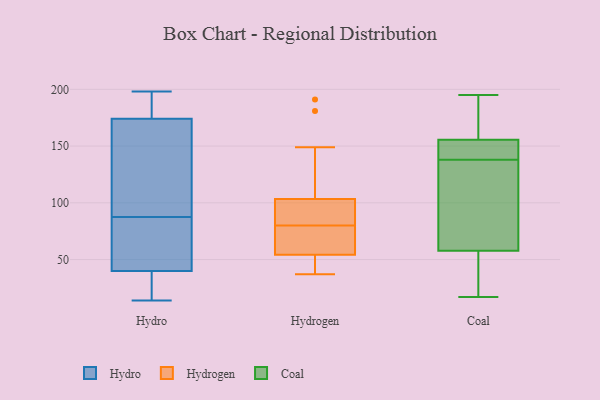
{"axis": {"x": "Page Views", "y": "Value"}, "legend": ["Coal", "Hydro", "Hydrogen"], "data": [{"x": "", "y": 24, "type": "Hydro"}, {"x": "", "y": 198, "type": "Hydro"}, {"x": "", "y": 42, "type": "Hydro"}, {"x": "", "y": 40, "type": "Hydro"}, {"x": "", "y": 150, "type": "Hydro"}, {"x": "", "y": 129, "type": "Hydro"}, {"x": "", "y": 46, "type": "Hydro"}, {"x": "", "y": 174, "type": "Hydro"}, {"x": "", "y": 192, "type": "Hydro"}, {"x": "", "y": 14, "type": "Hydro"}, {"x": "", "y": 56, "type": "Hydrogen"}, {"x": "", "y": 75, "type": "Hydrogen"}, {"x": "", "y": 101, "type": "Hydrogen"}, {"x": "", "y": 181, "type": "Hydrogen"}, {"x": "", "y": 83, "type": "Hydrogen"}, {"x": "", "y": 49, "type": "Hydrogen"}, {"x": "", "y": 110, "type": "Hydrogen"}, {"x": "", "y": 80, "type": "Hydrogen"}, {"x": "", "y": 79, "type": "Hydrogen"}, {"x": "", "y": 95, "type": "Hydrogen"}, {"x": "", "y": 79, "type": "Hydrogen"}, {"x": "", "y": 37, "type": "Hydrogen"}, {"x": "", "y": 38, "type": "Hydrogen"}, {"x": "", "y": 41, "type": "Hydrogen"}, {"x": "", "y": 149, "type": "Hydrogen"}, {"x": "", "y": 89, "type": "Hydrogen"}, {"x": "", "y": 191, "type": "Hydrogen"}, {"x": "", "y": 137, "type": "Coal"}, {"x": "", "y": 154, "type": "Coal"}, {"x": "", "y": 146, "type": "Coal"}, {"x": "", "y": 141, "type": "Coal"}, {"x": "", "y": 63, "type": "Coal"}, {"x": "", "y": 53, "type": "Coal"}, {"x": "", "y": 156, "type": "Coal"}, {"x": "", "y": 138, "type": "Coal"}, {"x": "", "y": 195, "type": "Coal"}, {"x": "", "y": 181, "type": "Coal"}, {"x": "", "y": 30, "type": "Coal"}, {"x": "", "y": 17, "type": "Coal"}, {"x": "", "y": 56, "type": "Coal"}, {"x": "", "y": 63, "type": "Coal"}, {"x": "", "y": 171, "type": "Coal"}, {"x": "", "y": 18, "type": "Coal"}, {"x": "", "y": 141, "type": "Coal"}, {"x": "", "y": 80, "type": "Coal"}, {"x": "", "y": 193, "type": "Coal"}]}